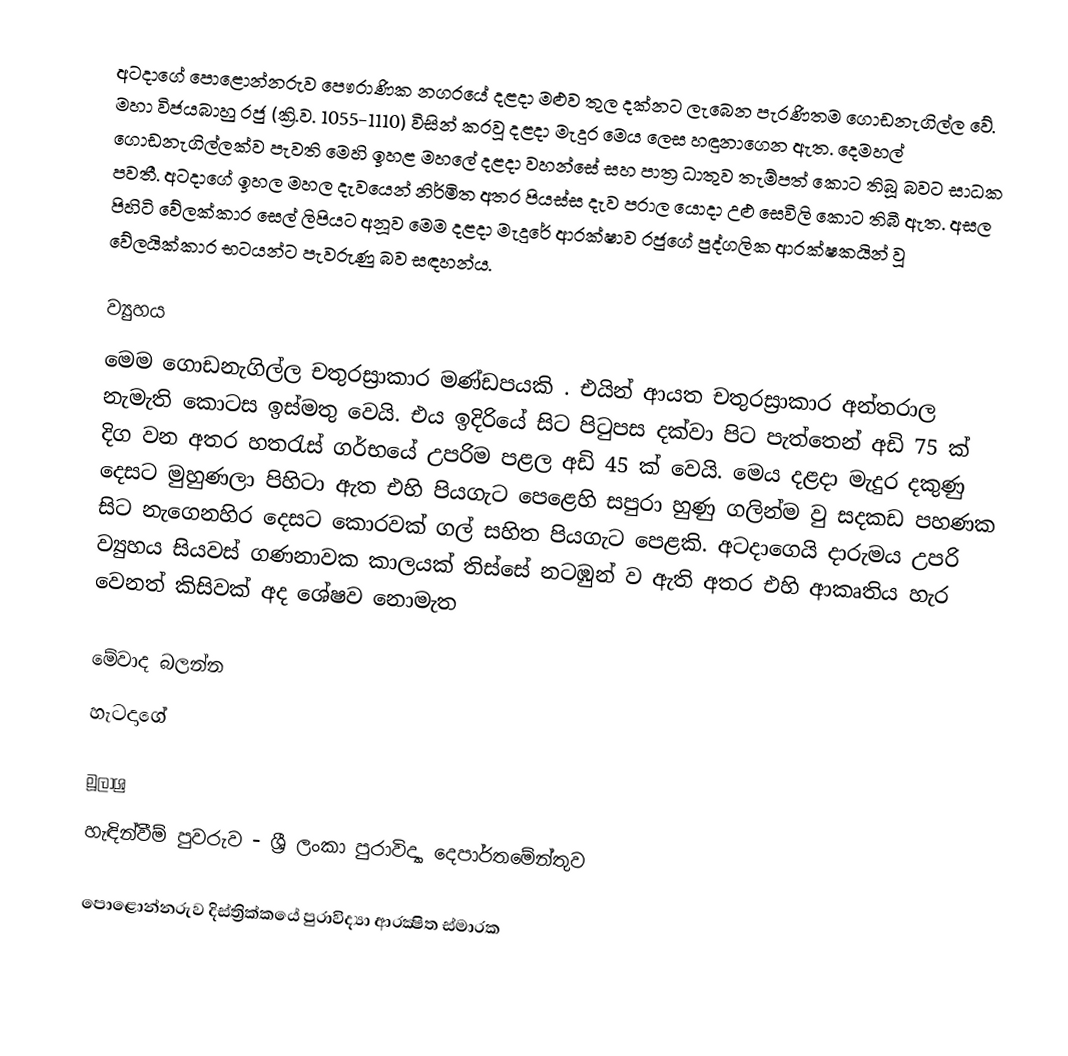
අටදාගේ පොළොන්නරුව පෞරාණික නගරයේ දළදා මළුව තුල දක්නට ලැබෙන පැරණිතම ගොඩනැගිල්ල වේ. මහා විජයබාහු රජු (ක්‍රි.ව. 1055-1110) විසින් කරවූ දළදා මැදුර මෙය ලෙස හඳුනාගෙන ඇත. දෙමහල් ගොඩනැගිල්ලක්ව පැවති මෙහි ඉහළ මහලේ දළදා වහන්සේ සහ පාත්‍ර ධාතුව තැම්පත් කොට තිබූ බවට සාධක පවතී. අටදාගේ ඉහල මහල දැවයෙන් නිර්මිත අතර පියස්ස දැව පරාල යොදා උළු සෙවිලි කොට තිබී ඇත. අසල පිහිටි වේලක්කාර සෙල් ලිපියට අනූව මෙම දළදා මැදුරේ ආරක්ෂාව රජුගේ පුද්ගලික ආරක්ෂකයින් වූ වේලයික්කාර භටයන්ට පැවරුණු බව සඳහන්ය.

ව්‍යුහය
මෙම ගොඩනැගිල්ල චතුරස්‍රාකාර මණ්ඩපයකි . එයින් ආයත චතුරස්‍රාකාර අන්තරාල නැමැති කොටස ඉස්මතු වෙයි. එය ඉදිරියේ සිට පිටුපස දක්වා පිට පැත්තෙන් අඩි 75 ක් දිග වන අතර හතරැස් ගර්භයේ උපරිම පළල අඩි 45 ක් වෙයි. මෙය දළදා මැදුර දකුණු දෙසට මුහුණලා පිහිටා ඇත  එහි පියගැට පෙළෙහි සපුරා හුණු ගලින්ම වු සදකඩ පහණක සිට නැගෙනහිර දෙසට කොරවක් ගල් සහිත පියගැට පෙළකි. අටදාගෙයි දාරුමය උපරි ව්‍යුහය සියවස් ගණනාවක කාලයක් තිස්සේ නටඹුන් ව ඇති අතර එහි ආකෘතිය හැර වෙනත් කිසිවක් අද ශේෂව නොමැත

මේවාද බලන්න
හැටදාගේ

මූලාශ්‍ර
හැඳින්වීම් පුවරුව - ශ්‍රී ලංකා පුරාවිද්‍යා දෙපාර්තමේන්තුව

පොළොන්නරුව දිස්ත්‍රික්කයේ පුරාවිද්‍යා ආරක්‍ෂිත ස්මාරක